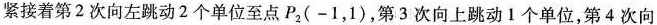
紧接着第2次向左跳动2个单位至点P_{2}(-1，1)，第3次向上跳动1个单位，第4次向